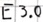
Text: E3.0